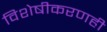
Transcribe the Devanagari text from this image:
विशेषीकरणही